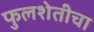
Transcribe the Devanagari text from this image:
फुलशेतीचा